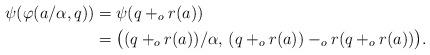
LaTeX: \begin{align*} \psi (\varphi (a/\alpha, q)) &= \psi (q +_o r(a)) \\ &= \big( (q +_o r(a)) / \alpha, \, (q +_o r(a)) -_o r(q +_o r(a)) \big). \end{align*}